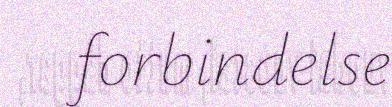
forbindelse